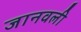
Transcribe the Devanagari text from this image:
जानवली